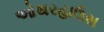
ઓથરહાઉસ